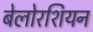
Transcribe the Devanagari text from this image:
बेलोरशियन